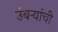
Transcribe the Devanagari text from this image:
उंबऱ्यांची